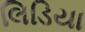
લિડિયા